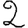
Digit: 2